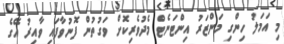
މި އަމަލު ހިންގި މަންޒަރު އިންޓަނެޓް މެދުވެރިކޮށް ވަގުތުން ފޮނުވާފައި ވާއިރު އޭގެ